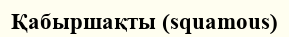
Қабыршақты (squamous)